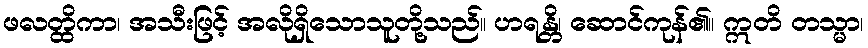
ဖလတ္ထိကာ၊ အသီးဖြင့် အလိုရှိသောသူတို့သည်။ ဟရန္တိ၊ ဆောင်ကုန်၏။ ဣတိ တသ္မာ၊